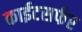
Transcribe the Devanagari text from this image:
काईटसर्फर